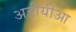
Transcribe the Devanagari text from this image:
अडीयीआ